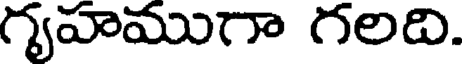
గృవాముగా గలది.